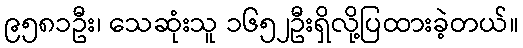
၉၅၈၁ဦး၊ သေဆုံးသူ ၁၆၅၂ဦးရှိလို့ပြထားခဲ့တယ်။